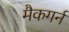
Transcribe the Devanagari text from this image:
मैकगर्न